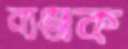
ব্যঞ্জক